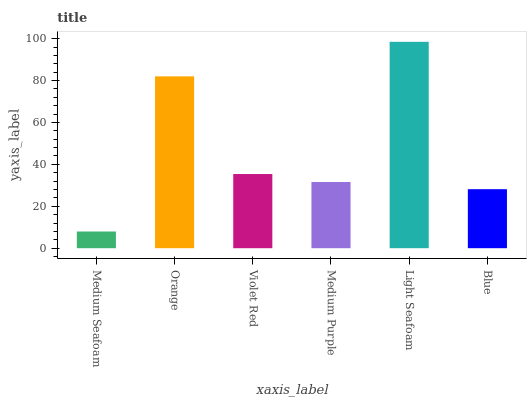
| xaxis_label | bars |
 | --- | --- |
 | Medium Seafoam | 7.97 |
 | Orange | 82 |
 | Violet Red | 35.4 |
 | Medium Purple | 31.6 |
 | Light Seafoam | 98.5 |
 | Blue | 28.2 |